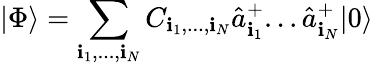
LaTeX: |\Phi\rangle=\sum_{\mathbf{i}_{1},...,\mathbf{i}_{N}}C_{\mathbf{i}_{1},...,\mathbf{i}_{N}}\hat{{a}}_{\mathbf{i}_{1}}^{+}...\hat{{a}}_{\mathbf{i}_{N}}^{+}|0\rangle